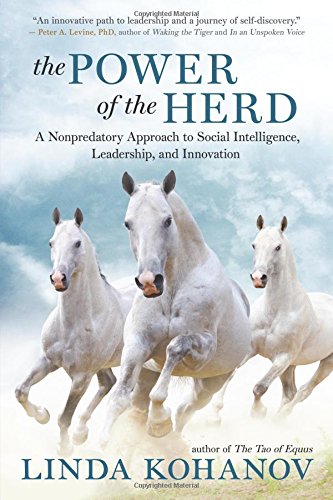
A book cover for The Power of the Herd: A Nonpredatory Approach to Social Intelligence, Leadership, and Innovation; Linda Kohanov; Self-Help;